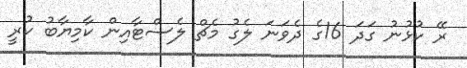
ރޭ ކުޅުނު ގަދަ 16ގެ ދެވަނަ ލެގު މެޗް ލެސްޓާއިން ކާމިޔާބު ކުރީ